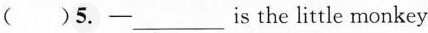
( )5.—___is the little monkey